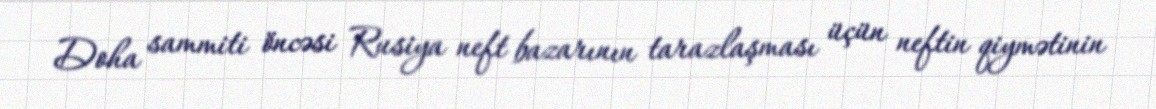
Doha sammiti öncəsi Rusiya neft bazarının tarazlaşması üçün neftin qiymətinin